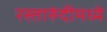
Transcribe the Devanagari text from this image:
रस्तारुंदीमध्ये